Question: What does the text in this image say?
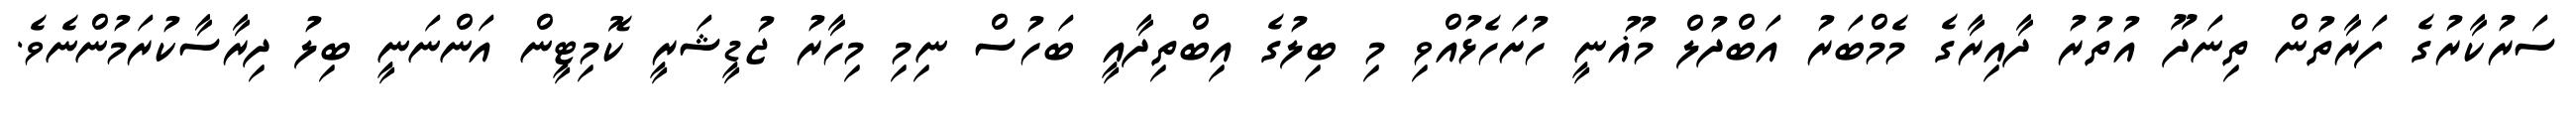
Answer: ސަރުކާރުގެ ފަރާތުން ތިނަދޫ އުތުރު ދާއިރާގެ މެމްބަރު އަބްދުލް މުޣުނީ ހުށަހެޅުއްވި މި ބިލުގެ އިބްތިދާއީ ބަހުސް ނިމި މިހާރު ޖުޑީޝަރީ ކޮމިޓީން އަންނަނީ ބިލު ދިރާސާކުރަމުންނެވެ.